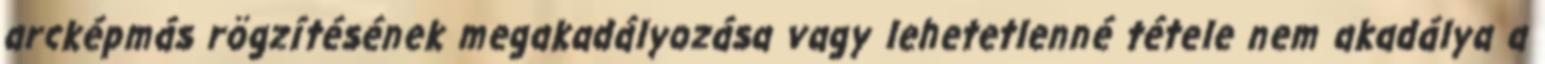
arcképmás rögzítésének megakadályozása vagy lehetetlenné tétele nem akadálya a